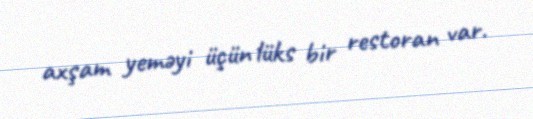
axşam yeməyi üçün lüks bir restoran var.